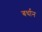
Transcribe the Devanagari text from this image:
बर्धान